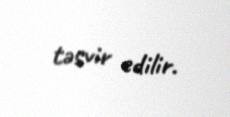
təsvir edilir.